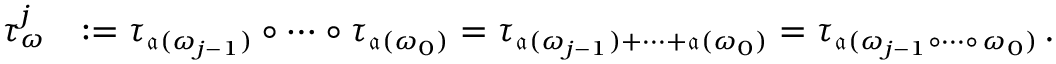
\begin{array} { r l } { \tau _ { \omega } ^ { j } } & { : = \tau _ { \mathfrak { a } ( \omega _ { j - 1 } ) } \circ \cdots \circ \tau _ { \mathfrak { a } ( \omega _ { 0 } ) } = \tau _ { \mathfrak { a } ( \omega _ { j - 1 } ) + \cdots + \mathfrak { a } ( \omega _ { 0 } ) } = \tau _ { \mathfrak { a } ( \omega _ { j - 1 } \circ \cdots \circ \, \omega _ { 0 } ) } \, . } \end{array}